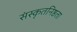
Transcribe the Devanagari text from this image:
संस्कृतनिष्ठता